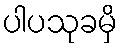
ပါပသုခမှိ